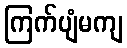
ကြက်ပျံမကျ